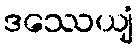
ဒဿေယျံ